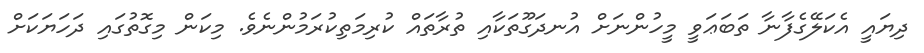
ދިޔައީ އެކަލޭގެފާނާ ތަބަޢަވީ މީހުންނަށް އުނދަގޫތަކާއި ތުރާތައް ކުރިމަތިކުރަމުންނެވެ. މިކަން މިގޮތުގައި ދަހަޔަކަށް